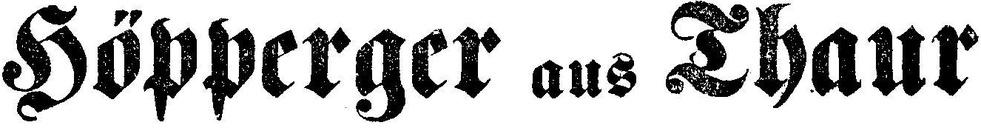
Höpperger aus Thaur